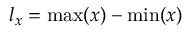
l _ { x } = \operatorname* { m a x } ( x ) - \operatorname* { m i n } ( x )